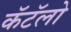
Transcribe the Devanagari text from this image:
कॅटॅलो